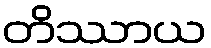
တိဿာယ